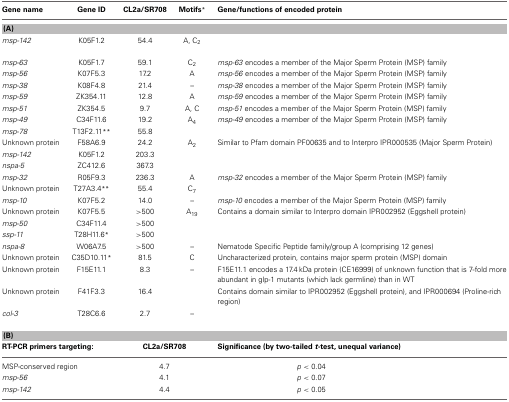
<table><thead><tr><td><b>Gene name</b></td><td><b>Gene ID</b></td><td><b>CL2a/SR708</b></td><td><b>Motifs<sup>*</sup></b></td><td><b>Gene/functions of encoded protein</b></td></tr></thead><tbody><tr><td colspan="5"><b>(A)</b></td></tr><tr><td><i>msp-142</i></td><td>K05F1.2</td><td>54.4</td><td>A, C<sub>2</sub></td><td>[EMPTY_CELL]</td></tr><tr><td><i>msp-63</i></td><td>K05F1.7</td><td>59.1</td><td>C<sub>2</sub></td><td><i>msp-63</i> encodes a member of the Major Sperm Protein (MSP) family</td></tr><tr><td><i>msp-56</i></td><td>K07F5.3</td><td>17.2</td><td>A</td><td><i>msp-56</i> encodes a member of the Major Sperm Protein (MSP) family</td></tr><tr><td><i>msp-38</i></td><td>K08F4.8</td><td>21.4</td><td>–</td><td><i>msp-38</i> encodes a member of the Major Sperm Protein (MSP) family</td></tr><tr><td><i>msp-59</i></td><td>ZK354.11</td><td>12.8</td><td>A</td><td><i>msp-59</i> encodes a member of the Major Sperm Protein (MSP) family</td></tr><tr><td><i>msp-51</i></td><td>ZK354.5</td><td>9.7</td><td>A, C</td><td><i>msp-51</i> encodes a member of the Major Sperm Protein (MSP) family</td></tr><tr><td><i>msp-49</i></td><td>C34F11.6</td><td>19.2</td><td>A<sub>4</sub></td><td><i>msp-49</i> encodes a member of the Major Sperm Protein (MSP) family</td></tr><tr><td><i>msp-78</i></td><td>T13F2.11<sup>**</sup></td><td>55.8</td><td>[EMPTY_CELL]</td><td>[EMPTY_CELL]</td></tr><tr><td>Unknown protein</td><td>F58A6.9</td><td>24.2</td><td>A<sub>2</sub></td><td>Similar to Pfam domain PF00635 and to Interpro IPR000535 (Major Sperm Protein)</td></tr><tr><td><i>msp-142</i></td><td>K05F1.2</td><td>203.3</td><td>[EMPTY_CELL]</td><td>[EMPTY_CELL]</td></tr><tr><td><i>nspa-5</i></td><td>ZC412.6</td><td>367.3</td><td>[EMPTY_CELL]</td><td>[EMPTY_CELL]</td></tr><tr><td><i>msp-32</i></td><td>R05F9.3</td><td>236.3</td><td>A</td><td><i>msp-32</i> encodes a member of the Major Sperm Protein (MSP) family</td></tr><tr><td>Unknown protein</td><td>T27A3.4<sup>**</sup></td><td>55.4</td><td>C<sub>7</sub></td><td>[EMPTY_CELL]</td></tr><tr><td><i>msp-10</i></td><td>K07F5.2</td><td>14.0</td><td>–</td><td><i>msp-10</i> encodes a member of the Major Sperm Protein (MSP) family</td></tr><tr><td>Unknown protein</td><td>K07F5.5</td><td>&gt;500</td><td>A<sub>19</sub></td><td>Contains a domain similar to Interpro domain IPR002952 (Eggshell protein)</td></tr><tr><td><i>msp-50</i></td><td>C34F11.4</td><td>&gt;500</td><td>[EMPTY_CELL]</td><td>[EMPTY_CELL]</td></tr><tr><td><i>ssp-11</i></td><td>T28H11.6<sup>*</sup></td><td>&gt;500</td><td>[EMPTY_CELL]</td><td>[EMPTY_CELL]</td></tr><tr><td><i>nspa-8</i></td><td>W06A7.5</td><td>&gt;500</td><td>–</td><td>Nematode Specific Peptide family/group A (comprising 12 genes)</td></tr><tr><td>Unknown protein</td><td>C35D10.11<sup>*</sup></td><td>81.5</td><td>C</td><td>Uncharacterized protein, contains major sperm protein (MSP) domain</td></tr><tr><td>Unknown protein</td><td>F15E11.1</td><td>8.3</td><td>–</td><td>F15E11.1 encodes a 17.4 kDa protein (CE16999) of unknown function that is 7-fold more abundant in glp-1 mutants (which lack germline) than in WT</td></tr><tr><td>Unknown protein</td><td>F41F3.3</td><td>16.4</td><td>[EMPTY_CELL]</td><td>Contains domain similar to IPR002952 (Eggshell protein), and IPR000694 (Proline-rich region)</td></tr><tr><td><i>col-3</i></td><td>T28C6.6</td><td>2.7</td><td>–</td><td>[EMPTY_CELL]</td></tr><tr><td colspan="5"><b>(B)</b></td></tr><tr><td colspan="2"><b>RT-PCR primers targeting:</b></td><td colspan="2"><b>CL2a/SR708</b></td><td><b>Significance (by two-tailed <i>t</i>-test, unequal variance)</b></td></tr><tr><td colspan="2">MSP-conserved region</td><td colspan="2">4.7</td><td><i>p</i> &lt; 0.04</td></tr><tr><td colspan="2"><i>msp-56</i></td><td colspan="2">4.1</td><td><i>p</i> &lt; 0.07</td></tr><tr><td colspan="2"><i>msp-142</i></td><td colspan="2">4.4</td><td><i>p</i> &lt; 0.05</td></tr></tbody></table>